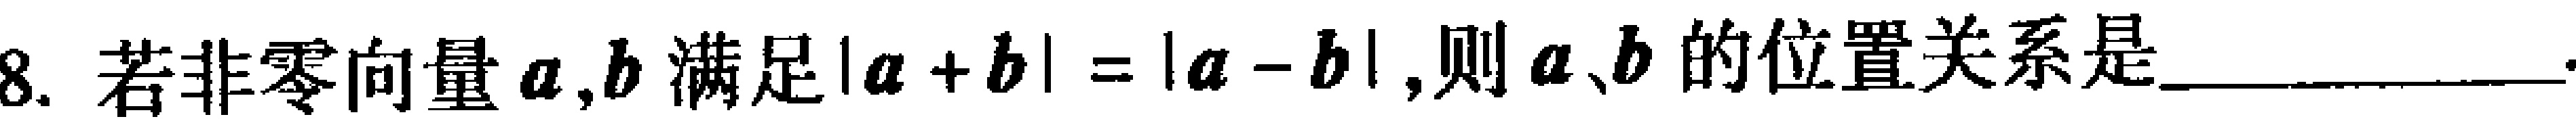
8. 若非零向量$\boldsymbol{a},\boldsymbol{b}$满足$|\boldsymbol{a}+\boldsymbol{b}| = |\boldsymbol{a}-\boldsymbol{b}|$,则$\boldsymbol{a}、\boldsymbol{b}$的位置关系是__________